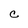
Character: C